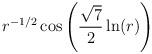
LaTeX: \begin{align*}r^{-1/2}\cos\left(\frac{\sqrt{7}}{2}\ln(r)\right)\end{align*}